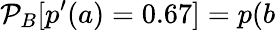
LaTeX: \mathcal{P}_{B}[p^{\prime}(a)=0.67]=p(b